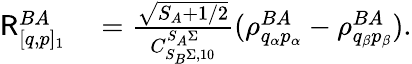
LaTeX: \begin{array}{rl}{\mathsf{R}_{[q,p]_{1}}^{BA}}&{{}=\frac{\sqrt{S_{A}+1/2}}{C_{S_{B}\Sigma,10}^{S_{A}\Sigma}}(\rho_{q_{\alpha}p_{\alpha}}^{BA}-\rho_{q_{\beta}p_{\beta}}^{BA}).}\end{array}